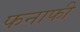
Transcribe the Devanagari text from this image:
फनाफी